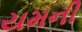
યમની